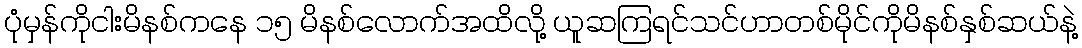
ပုံမှန်ကိုငါးမိနစ်ကနေ ၁၅ မိနစ်လောက်အထိလို့ ယူဆကြရင်သင်ဟာတစ်မိုင်ကိုမိနစ်နှစ်ဆယ်နဲ့